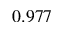
0 . 9 7 7